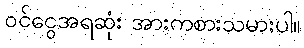
ဝင်ငွေအရဆုံး အားကစားသမားပါ။